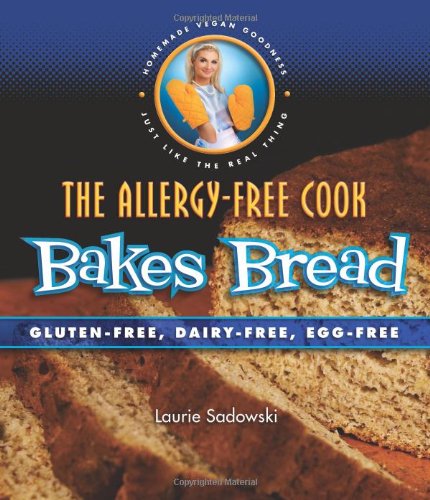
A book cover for The Allergy-Free Cook Bakes Bread: Gluten-Free, Dairy-Free, Egg-Free; Laurie Sadowski; Cookbooks, Food & Wine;